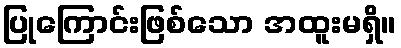
ပြုကြောင်းဖြစ်သော အထူးမရှိ။